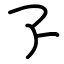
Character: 孒